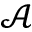
\mathcal { A }